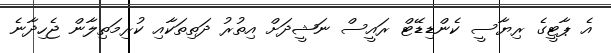
އެ ޕާޓީގެ ރިޔާސީ ކެންޑިޑޭޓް ރައީސް ނަޝީދަށް އިތުރު ދަތިތަކާއި ކުރިމަތިލާން ޖެހިދާނެ